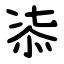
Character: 㓒